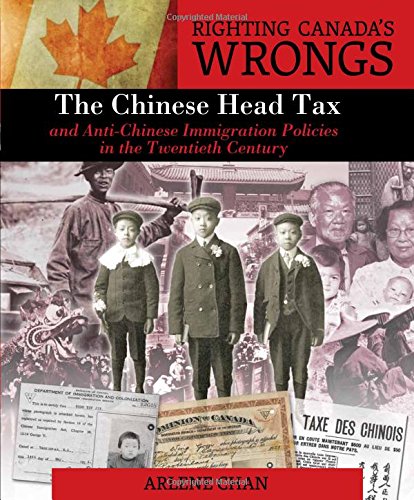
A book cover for Righting Canada's Wrongs: The Chinese Head Tax and Anti-Chinese Immigration Policies in the Twentieth Century; Arlene Chan; Teen & Young Adult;